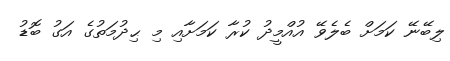
ލިބޭނޭ ކަމަށް ބެލެވޭ އުއްމީދު ކުރާ ކަމަށާއި މި ޙިދުމަތުގެ އަގު ބޮޑު